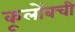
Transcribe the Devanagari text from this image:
कूलोंबची